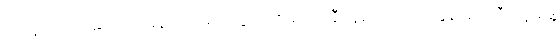
အနောက်တိုင်းရဲ့ သံတမန်ထုံးတမ်းတွေ၊ ဗြိတိသျှကြိုးနီစနစ်လုပ်ထုံးတွေနဲ့ မင်းကြီးတို့အဖွဲ့